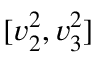
[ v _ { 2 } ^ { 2 } , v _ { 3 } ^ { 2 } ]